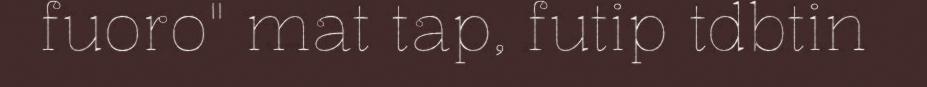
fuoro" mat tap, futip tdbtin